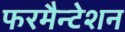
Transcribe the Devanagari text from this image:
फरमैन्टेशन